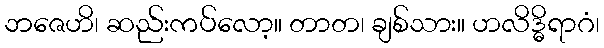
ဘဇေဟိ၊ ဆည်းကပ်လော့။ တာတ၊ ချစ်သား။ ဟလိဒ္ဓိရာဂံ၊